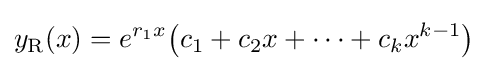
y_{\mathrm {R} }(x)=e^{r_{1}x}\!\left(c_{1}+c_{2}x+\cdots +c_{k}x^{k-1}\right)